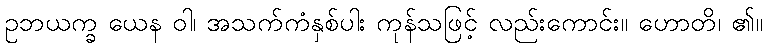
ဥဘယက္ခ ယေန ဝါ၊ အသက်ကံနှစ်ပါး ကုန်သဖြင့် လည်းကောင်း။ ဟောတိ၊ ၏။